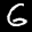
Label: 6